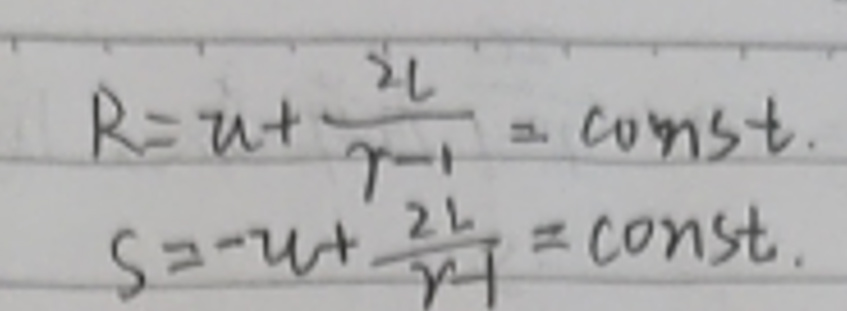
\[
\begin{align*}
R&=u + \frac{2L}{\gamma - 1}=\text{const.}\\
S&=-u+\frac{2L}{\gamma - 1}=\text{const.}
\end{align*}
\]